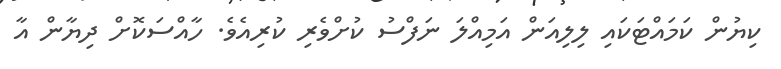
ކިޔުން ކަމައްޓަކައި ލިލިއަން އަމިއްލަ ނަފްސު ކުށްވެރި ކުރިއެވެ. ހާއްސަކޮށް ދިޔާން އާ